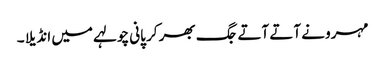
مہرو نے آتے آتے جگ بھر کر پانی چولہے میں انڈیلا ۔